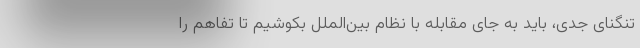
تنگنای جدی، باید به جای مقابله با نظام بین‌الملل بکوشیم تا تفاهم را